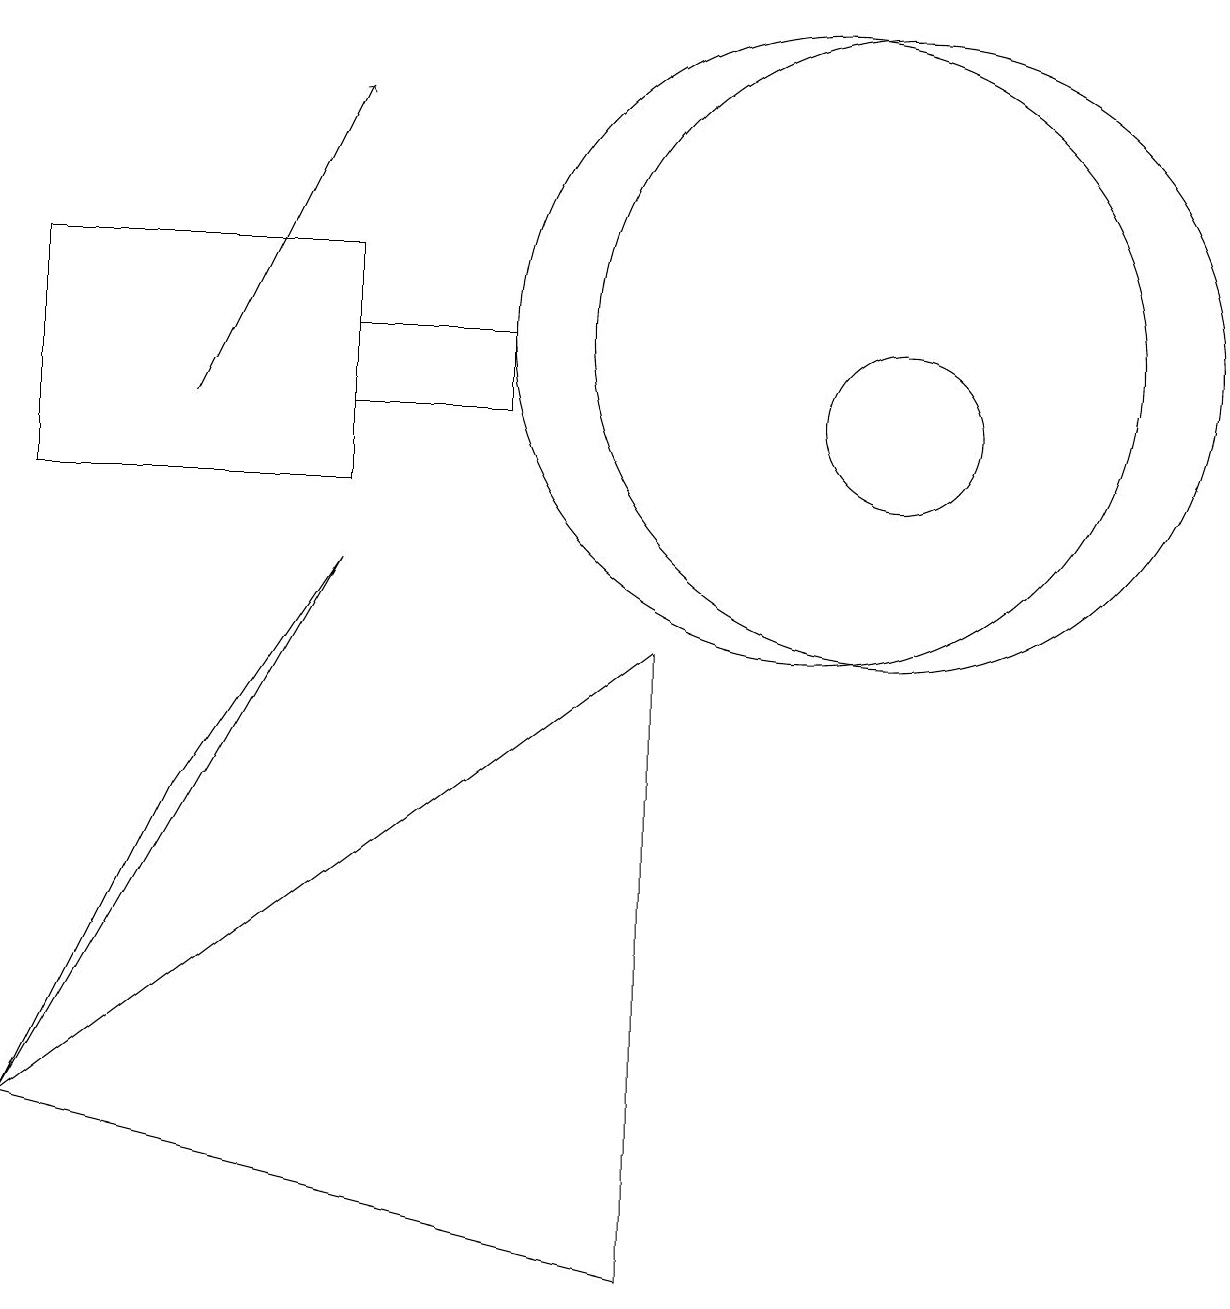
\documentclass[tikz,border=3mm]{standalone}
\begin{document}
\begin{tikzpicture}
\draw (11,12) circle (4);
\draw (11,11) circle (1);
\draw[->] (2,11) -- (4,15);
\draw (10,12) circle (4);
\draw (6,11) rectangle (4,12);
\draw (2,6) -- (4,9) -- (0,2) -- cycle;
\draw (4,10) rectangle (0,13);
\draw (8,0) -- (8,8) -- (0,2) -- cycle;
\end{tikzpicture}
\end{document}